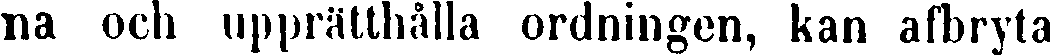
na och upprätthålla ordningen, kan afbryta